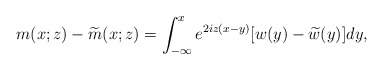
\begin{align*}m(x;z)-\widetilde{m}(x;z)=\int_{-\infty}^x e^{2iz(x-y)}[w(y)-\widetilde{w}(y)]dy,\end{align*}